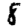
Digit: 8